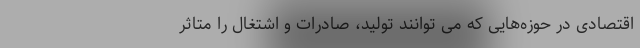
اقتصادی در حوزه‌هایی که می توانند تولید، صادرات و اشتغال را متاثر